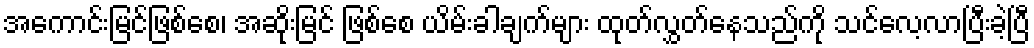
အကောင်းမြင်ဖြစ်စေ၊ အဆိုးမြင် ဖြစ်စေ ယိမ်းခါချက်များ ထုတ်လွှတ်နေသည်ကို သင်လေ့လာပြီးခဲ့ပြီ